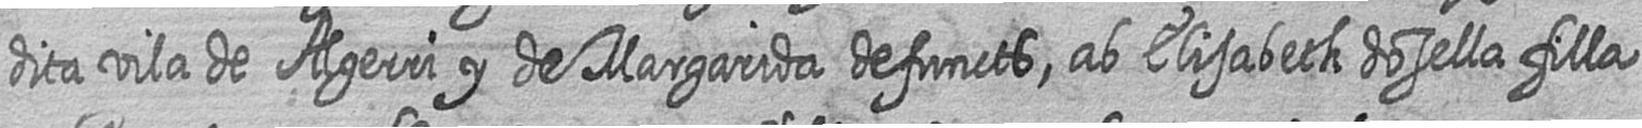
dita vila de Algerri y de Margarida defuncts ab Elisabeth dosella filla